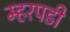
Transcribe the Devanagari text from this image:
म्हरपडी